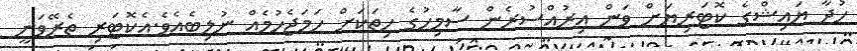
ހުދާ ޔައިޝްގެ ކޮޓަރިޔަށް ވަން އިރުއްސުރެން ސާމިހުގެ ހިތަކަށް ހަމަޖެހުމެއް ނުލިބެއެވެ.އެކޮޓަރި ތެރޭވަނީ